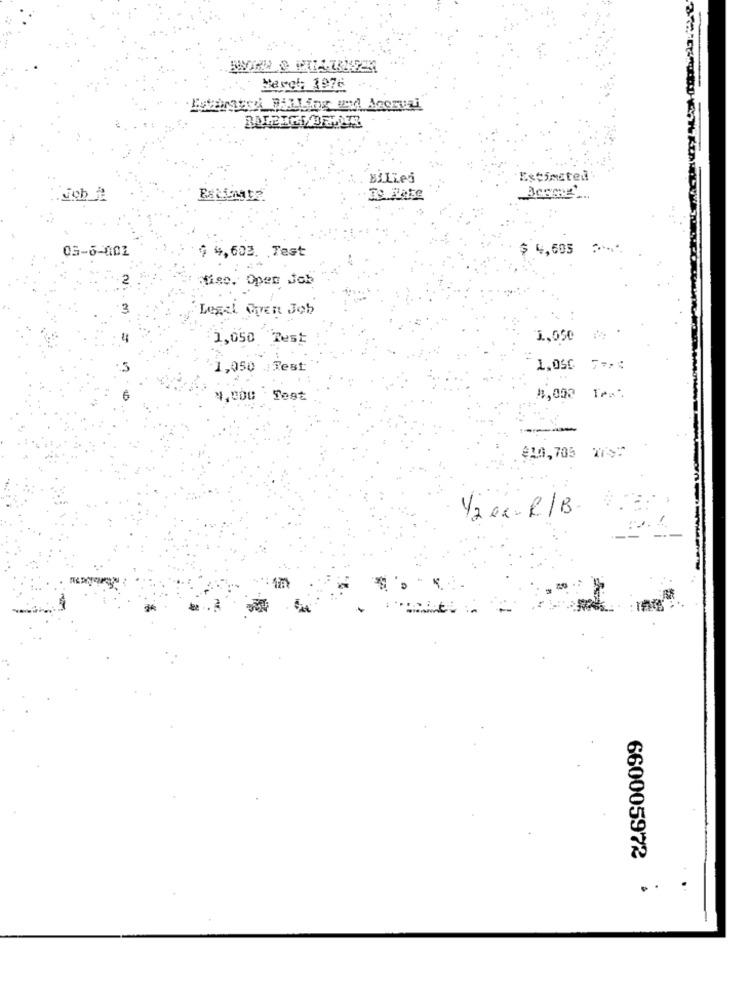
Bevel: 1976
Biliej
Estimated
job A
39. Wake
05-6-002
$ 4,605 2.
$ 4,603. Test
fise. Open Job
Legal Given Job
1,050 Test
1.050
1,050 Test
1,050 7 =;
4.000 Test
1,000 Tra.
----
910,705 7792
1/2 ex- R/B.
660005972